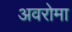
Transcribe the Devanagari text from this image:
अवरोमा